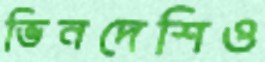
ভিনদেশিও